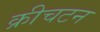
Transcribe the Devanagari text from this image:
क्रीचटन